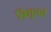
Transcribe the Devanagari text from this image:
त्रिशूलसे